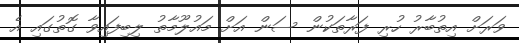
ވަރަށް އިތުބާރު ހުރި ފަރާތަކުން ސަން އަށް މައުލޫމާތު ލިބިފައިވާ ގޮތުގައި އެ